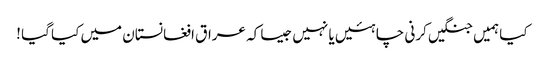
کیا ہمیں جنگیں کرنی چاہئیں یا نہیں جیسا کہ عراق افغانستان میں کیا گیا !